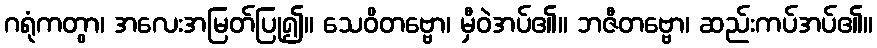
ဂရုံကတွာ၊ အလေးအမြတ်ပြု၍။ သေဝိတဗ္ဗော၊ မှီဝဲအပ်၏။ ဘဇီတဗ္ဗော၊ ဆည်းကပ်အပ်၏။